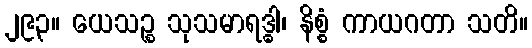
၂၉၃။ ယေသဉ္စ သုသမာရဒ္ဓါ၊ နိစ္စံ ကာယဂတာ သတိ။